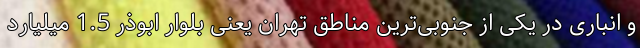
و انباری در یکی از جنوبی‌ترین مناطق تهران یعنی بلوار ابوذر 1.5 میلیارد